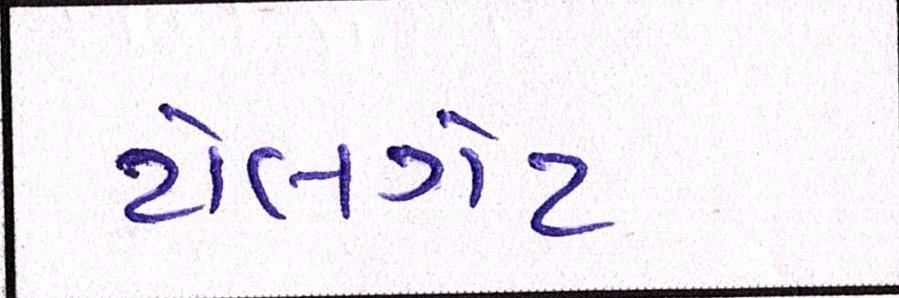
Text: ટોલગેટ